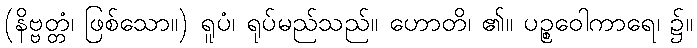
(နိဗ္ဗတ္တံ၊ ဖြစ်သော။) ရူပံ၊ ရုပ်မည်သည်။ ဟောတိ၊ ၏။ ပဉ္စဝေါကာရေ၊ ၌။